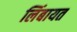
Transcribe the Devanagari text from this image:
लिंबायत